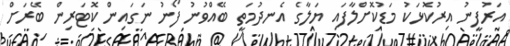
އަރުފީނު އިރުކޮޅަކު މަޑުކޮށްލާފައި ޔަލާގެ އެނދުމަތީ ބޭއްވުނު ފޯނު ނަގައިން ކޮޓަރިން ބޭރަށް